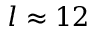
l \approx 1 2